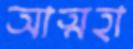
আত্মহা